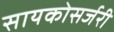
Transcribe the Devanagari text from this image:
सायकोसर्जरी